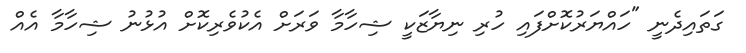
ގަތައިދެނީ "ހައްޔަރުކޮށްފައި ހުރި ނިޔާޒަކީ ޝިހާމާ ވަރަށް އެކުވެރިކޮށް އުޅުނު ޝިހާމާ އެއް